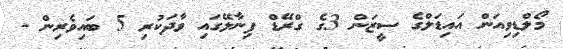
މޯލްޑިވިއަން އައިޑަލްގެ ސީޒަން 3ގެ ގްރޭޑް ފިނާލޭގައި ވާދަކުރި 5 ބައިވެރިން -